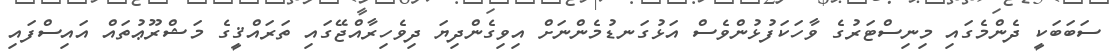
ސަބަބަކީ ދެންމެގައި މިނިސްޓަރުގެ ވާހަކަފުޅުންވެސް އަޅުގަނޑުމެންނަށް އިވިގެންދިޔަ ދިވެހިރާއްޖޭގައި ތަރައްޤީގެ މަޝްރޫޢުތައް އައިސްފައި